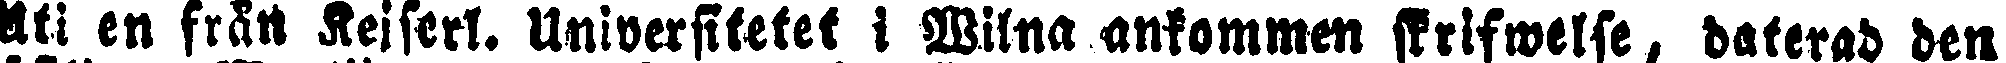
Uti en från Keiserl. Universitetet i Wilna ankommen skrifwelse, daterad den